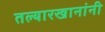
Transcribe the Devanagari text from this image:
तल्यारखानांनी